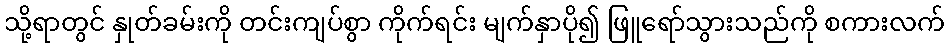
သို့ရာတွင် နှုတ်ခမ်းကို တင်းကျပ်စွာ ကိုက်ရင်း မျက်နှာပို၍ ဖြူရော်သွားသည်ကို စကားလက်